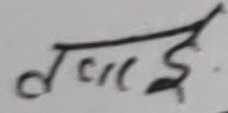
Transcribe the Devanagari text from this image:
दवाई